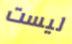
ليست